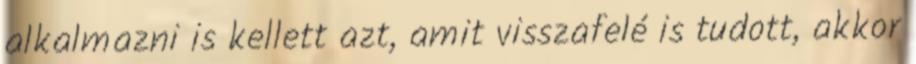
alkalmazni is kellett azt, amit visszafelé is tudott, akkor